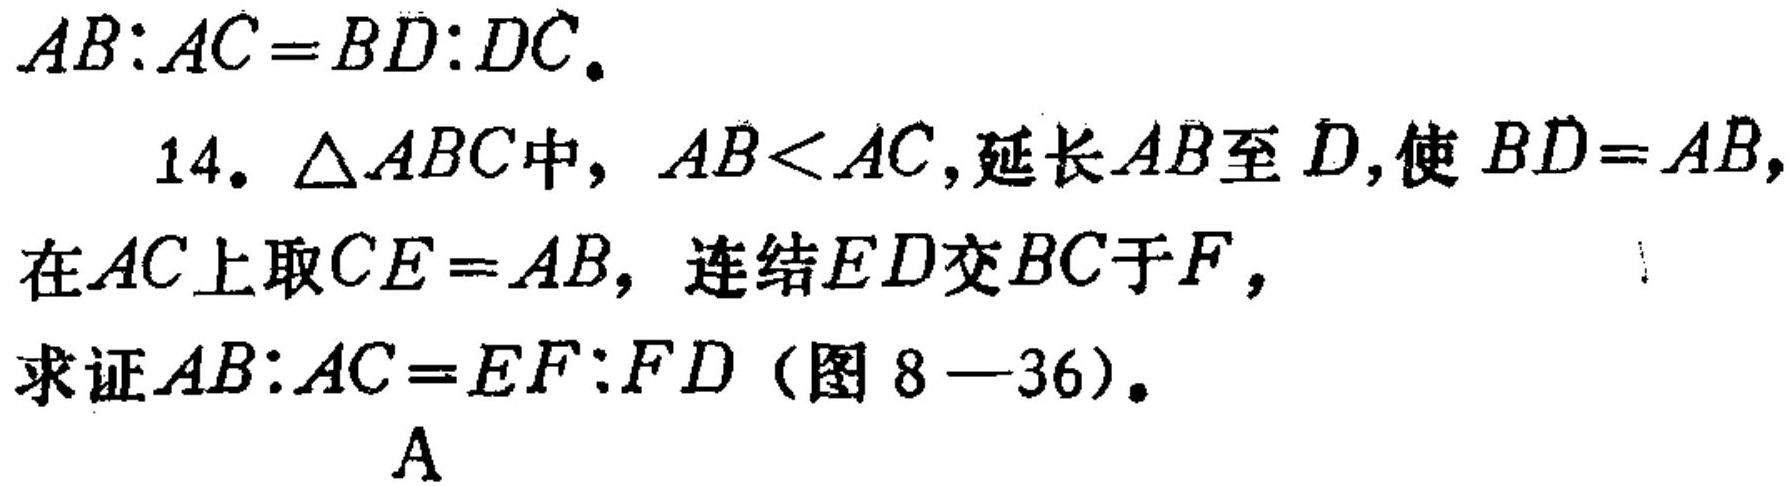
\(AB:AC = BD:DC\).
14. \(\triangle ABC\)中，\(AB<AC\)，延长\(AB\)至\(D\)，使\(BD = AB\)，在\(AC\)上取\(CE = AB\)，连结\(ED\)交\(BC\)于\(F\)，
求证\(AB:AC = EF:FD\)（图8—36）.
\(A\)